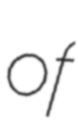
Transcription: of